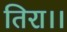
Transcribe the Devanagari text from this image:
तिरा।।